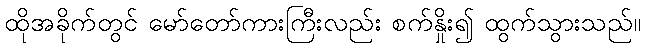
ထိုအခိုက်တွင် မော်တော်ကားကြီးလည်း စက်နှိုး၍ ထွက်သွားသည်။